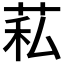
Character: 𦮺